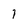
Character: I